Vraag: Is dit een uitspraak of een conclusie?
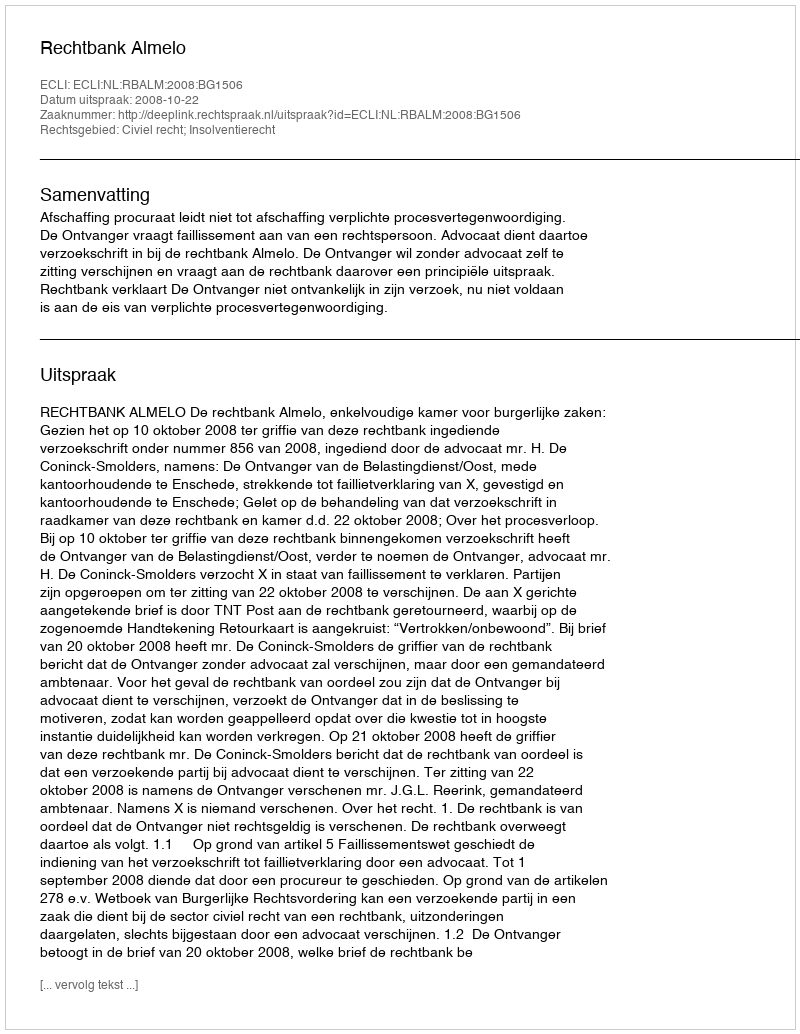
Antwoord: Uitspraak